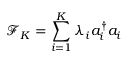
\mathcal { F } _ { K } = \sum _ { i = 1 } ^ { K } \lambda _ { i } a _ { i } ^ { \dag } a _ { i }